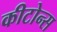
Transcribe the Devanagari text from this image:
कीटोन्स